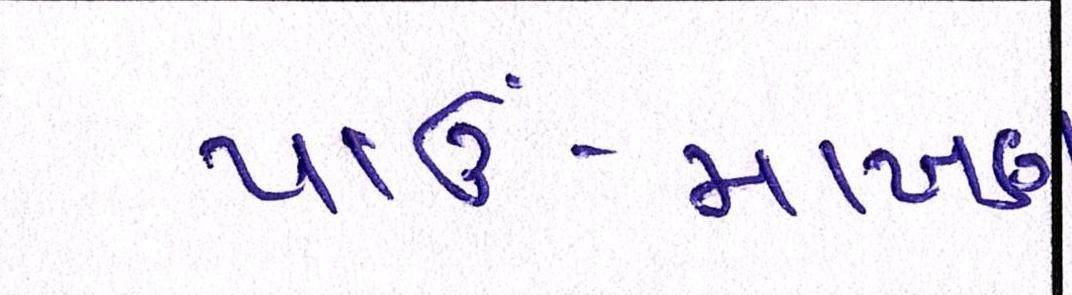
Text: પાઉં-માખણ